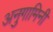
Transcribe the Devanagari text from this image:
अनुगामिनी